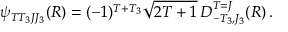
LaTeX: \psi _ { T T _ { 3 } J J _ { 3 } } ( R ) = ( - 1 ) ^ { T + T _ { 3 } } \sqrt { 2 T + 1 } \, D _ { - T _ { 3 } , J _ { 3 } } ^ { T = J } ( R ) \, .